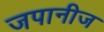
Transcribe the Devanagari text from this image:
जपानीज